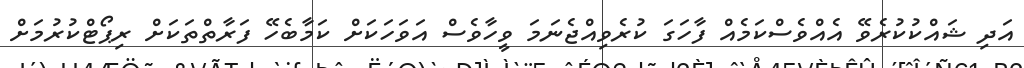
އަދި ޝައްކުކުރެވޭ އެއްވެސްކަމެއް ފާހަގަ ކުރެވިއްޖެނަމަ ވީހާވެސް އަވަހަކަށް ކަމާބެހޭ ފަރާތްތަކަށް ރިޕޯޓްކުރުމަށް